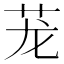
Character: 茏